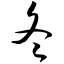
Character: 冬